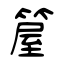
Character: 箼